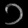
Digit: ၁